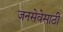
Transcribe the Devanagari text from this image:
जनसेवेसाठी